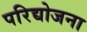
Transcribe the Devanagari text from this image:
परिद्योजना